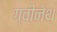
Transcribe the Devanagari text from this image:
ग्वीनेथ